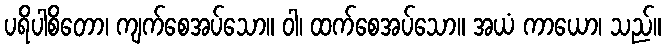
ပရိပါစိတော၊ ကျက်စေအပ်သော။ ဝါ၊ ထက်စေအပ်သော။ အယံ ကာယော၊ သည်။